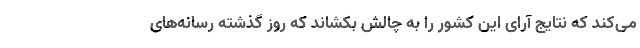
می‌کند که نتایج آرای این کشور را به چالش بکشاند که روز گذشته رسانه‌های